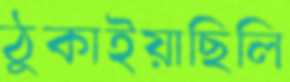
ঠুকাইয়াছিলি